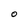
Character: O